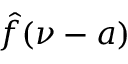
{ \hat { f } } ( \nu - a )